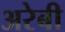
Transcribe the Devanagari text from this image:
अरेबी